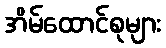
အိမ်ထောင်စုများ